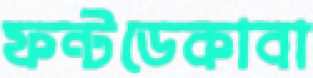
ফন্টডেকাবা